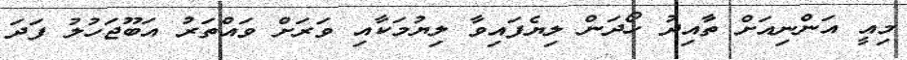
މިއީ އަންނިއަށް ތާއިދު ހޯދަން ލިޔެފައިވާ ލިޔުމަކާއި ވަރަށް ވައްތަރު އަބޫޖަހުލު ފަދަ